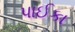
પાઈકા